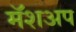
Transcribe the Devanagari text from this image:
मॅशअप